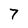
Character: 7